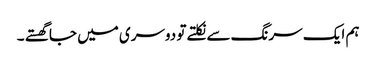
ہم ایک سرنگ سے نکلتے تو دوسری میں جا گھستے ۔